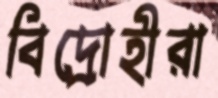
বিদ্রোহীরা